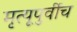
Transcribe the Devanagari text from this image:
मृत्यूपुर्वीच